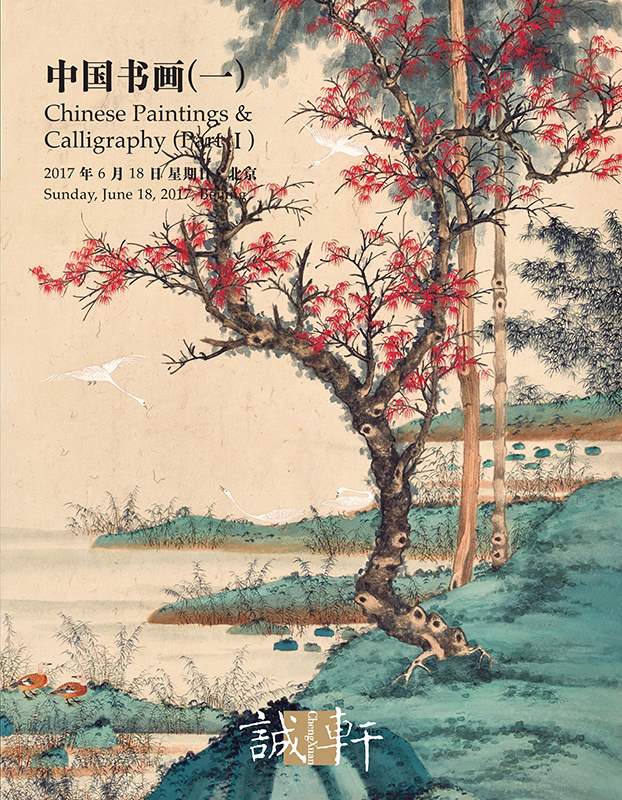
知君独坐青轩下，此时结念同所怀。